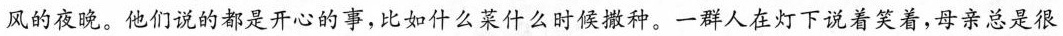
风的夜晚。他们说的都是开心的事，比如什么菜什么时候撒种。一群人在灯下说着笑着，母亲总是很